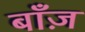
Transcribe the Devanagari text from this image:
बाँज़